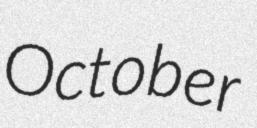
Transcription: October